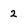
Character: 2